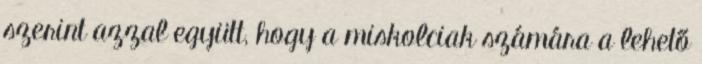
szerint azzal együtt, hogy a miskolciak számára a lehető